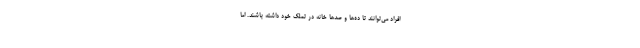
افراد می‌توانند تا ده‌ها و صدها خانه در تملک خود داشته باشند. اما